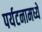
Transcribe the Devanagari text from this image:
पर्यटनामध्ये